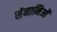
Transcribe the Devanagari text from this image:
सेनानिओं